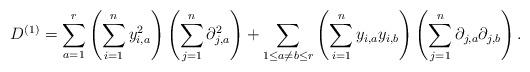
LaTeX: \begin{align*}D^{(1)}=\sum_{a=1}^r \left(\sum_{i=1}^n y_{i,a}^2\right)\left(\sum_{j=1}^n \partial_{j,a}^2\right)+\sum_{1\leq a\neq b\leq r}\left(\sum_{i=1}^n y_{i,a}y_{i,b}\right)\left(\sum_{j=1}^n \partial_{j,a}\partial_{j,b}\right).\end{align*}